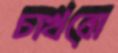
চাখবো